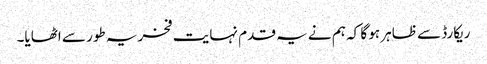
ریکارڈ سے ظاہر ہو گا کہ ہم نے یہ قدم نہایت فخریہ طور سے اٹھایا۔